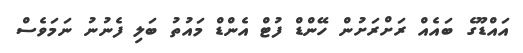
އައްޑޫގެ ބައެއް ރަށްރަށުން ހޭންޑް ފުޓް އެންޑް މައުތު ބަލި ފެނުނު ނަމަވެސް